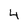
Character: 4